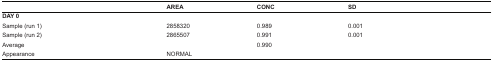
<table><thead><tr><td></td><td><b>AREA</b></td><td><b>CONC</b></td><td><b>SD</b></td></tr></thead><tbody><tr><td><b>DAY 0</b></td><td></td><td></td><td></td></tr><tr><td>Sample (run 1)</td><td>2858320</td><td>0.989</td><td>0.001</td></tr><tr><td>Sample (run 2)</td><td>2865507</td><td>0.991</td><td>0.001</td></tr><tr><td>Average</td><td></td><td>0.990</td><td></td></tr><tr><td>Appearance</td><td>NORMAL</td><td></td><td></td></tr></tbody></table>